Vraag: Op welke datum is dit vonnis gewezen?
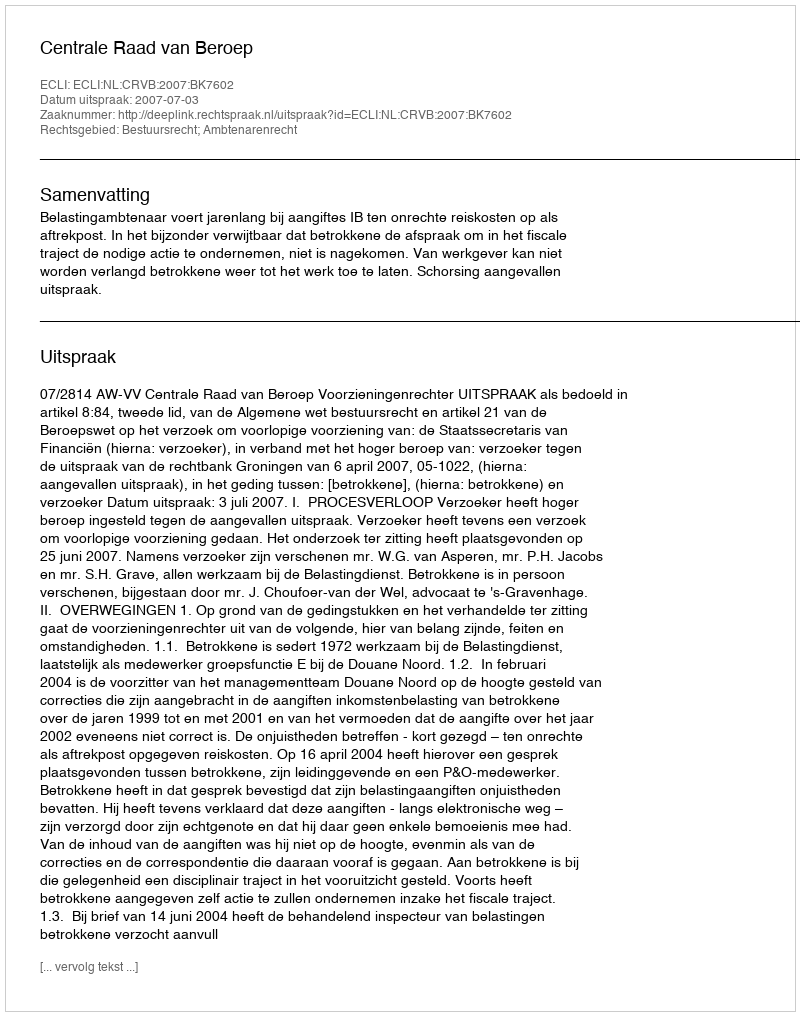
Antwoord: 2007-07-03